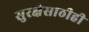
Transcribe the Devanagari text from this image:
सुरक्षेसाठीही